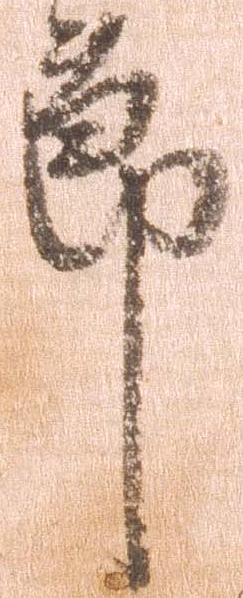
節